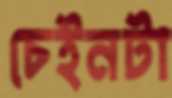
চেইনটা